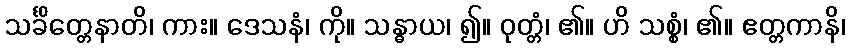
သင်္ခိတ္တေနာတိ၊ ကား။ ဒေသနံ၊ ကို။ သန္ဓာယ၊ ၍။ ဝုတ္တံ၊ ၏။ ဟိ သစ္စံ၊ ၏။ ဧတ္တကာနိ၊